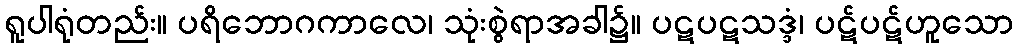
ရူပါရုံတည်း။ ပရိဘောဂကာလေ၊ သုံးစွဲရာအခါ၌။ ပဋပဋသဒ္ဒံ၊ ပဋ်ပဋ်ဟူသော